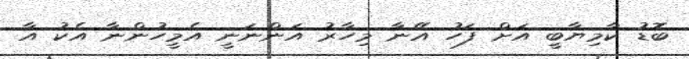
ބޮޑު ކާމިޔާބީ އަށް ފަހު އޭނާ މިހާރު އަންނަނީ އެމީހުންނާ އެކު އާ